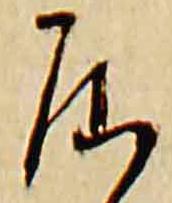
居